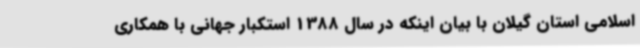
اسلامی استان گیلان با بیان اینکه در سال 1388 استکبار جهانی با همکاری